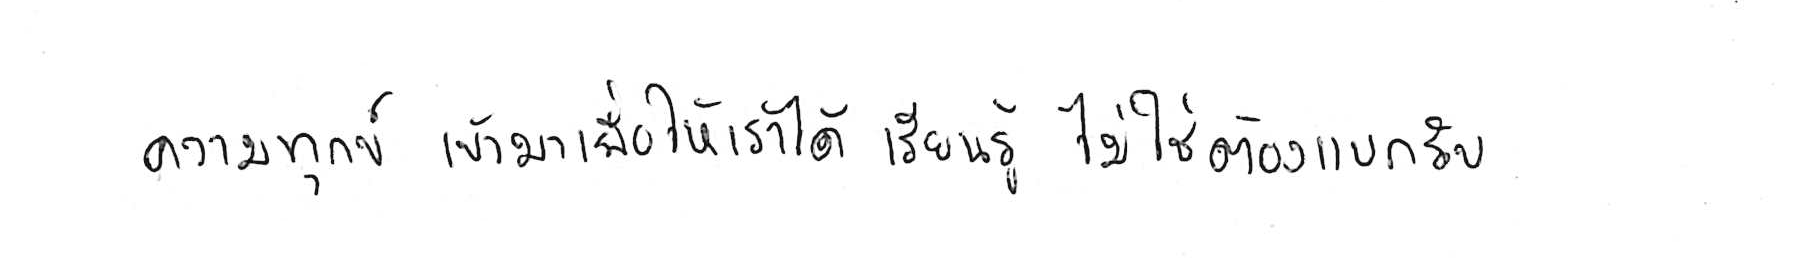
ความทุกข์ เข้ามาเพื่อให้เราได้ เรียนรู้ ไม่ใช่ต้อง แบกรับ